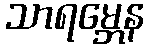
သာရမ္ဘေန